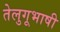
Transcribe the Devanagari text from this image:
तेलुगूभाषी